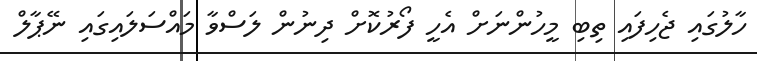
ހާލުގައި ޖެހިފައި ތިބި މީހުންނަށް އެހީ ފޯރުކޮށް ދިނުން ލަސްވާ މައްސަލައިގައި ނޭޕާލް